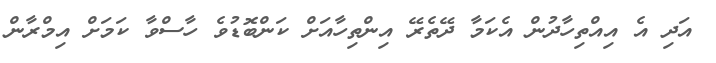
އަދި އެ އިއްތިހާދުން އެކަމާ ދޭތެރޭ އިންތިހާއަށް ކަންބޮޑުވެ ހާސްވާ ކަމަށް އިމްރާން